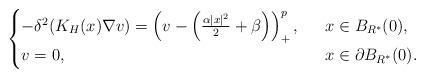
LaTeX: \begin{align*}\begin{cases}-\delta^2(K_H(x)\nabla v)= \left( v-\left( \frac{\alpha|x|^2}{2}+\beta\right) \right)^{p}_+,\ \ &x\in B_{R^*}(0),\\v=0,\ \ &x\in\partial B_{R^*}(0).\end{cases}\end{align*}